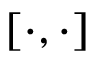
\left[ \cdot , \cdot \right]